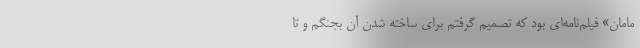
مامان» فیلم‌نامه‌ای بود که تصمیم گرفتم برای ساخته شدن آن بجنگم و تا